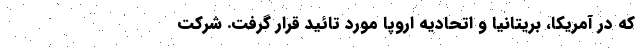
که در آمریکا، بریتانیا و اتحادیه اروپا مورد تائید قرار گرفت. شرکت